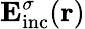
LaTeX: {\mathbf E}_{\mathrm{{inc}}}^{\sigma}({\mathbf r})